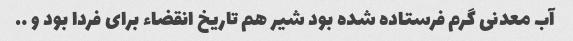
آب معدنی گرم فرستاده شده بود شیر هم تاریخ انقضاء برای فردا بود و ….